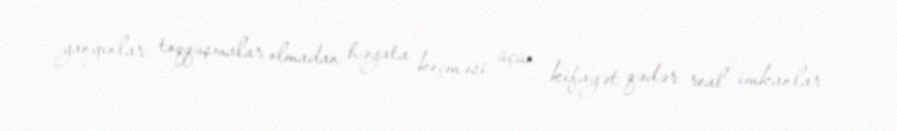
yanğınlar, toqquşmalar olmadan həyata keçməsi üçün kifayət qədər real imkanlar